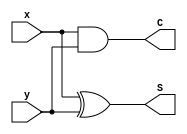
module halfAdder (output S, C, input x, y);
    xor (S, x, y);
    and (C, x, y);
endmodule